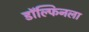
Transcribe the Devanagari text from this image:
डॉल्फिनला